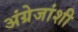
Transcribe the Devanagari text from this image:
अंग्रेजांशी